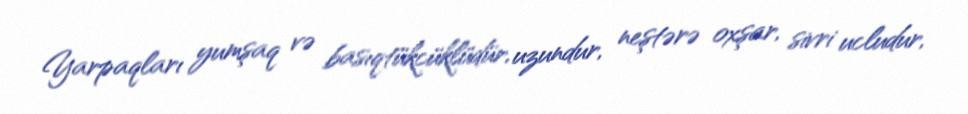
Yarpaqları yumşaq və basıqtükcüklüdür, uzundur, neştərə oxşar, sivri ucludur,